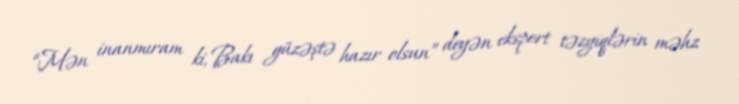
“Mən inanmıram ki, Bakı güzəştə hazır olsun” deyən ekspert təzyiqlərin məhz